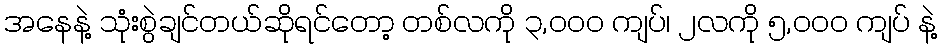
အနေနဲ့ သုံးစွဲချင်တယ်ဆိုရင်တော့ တစ်လကို ၃,၀၀၀ ကျပ်၊ ၂လကို ၅,၀၀၀ ကျပ် နဲ့